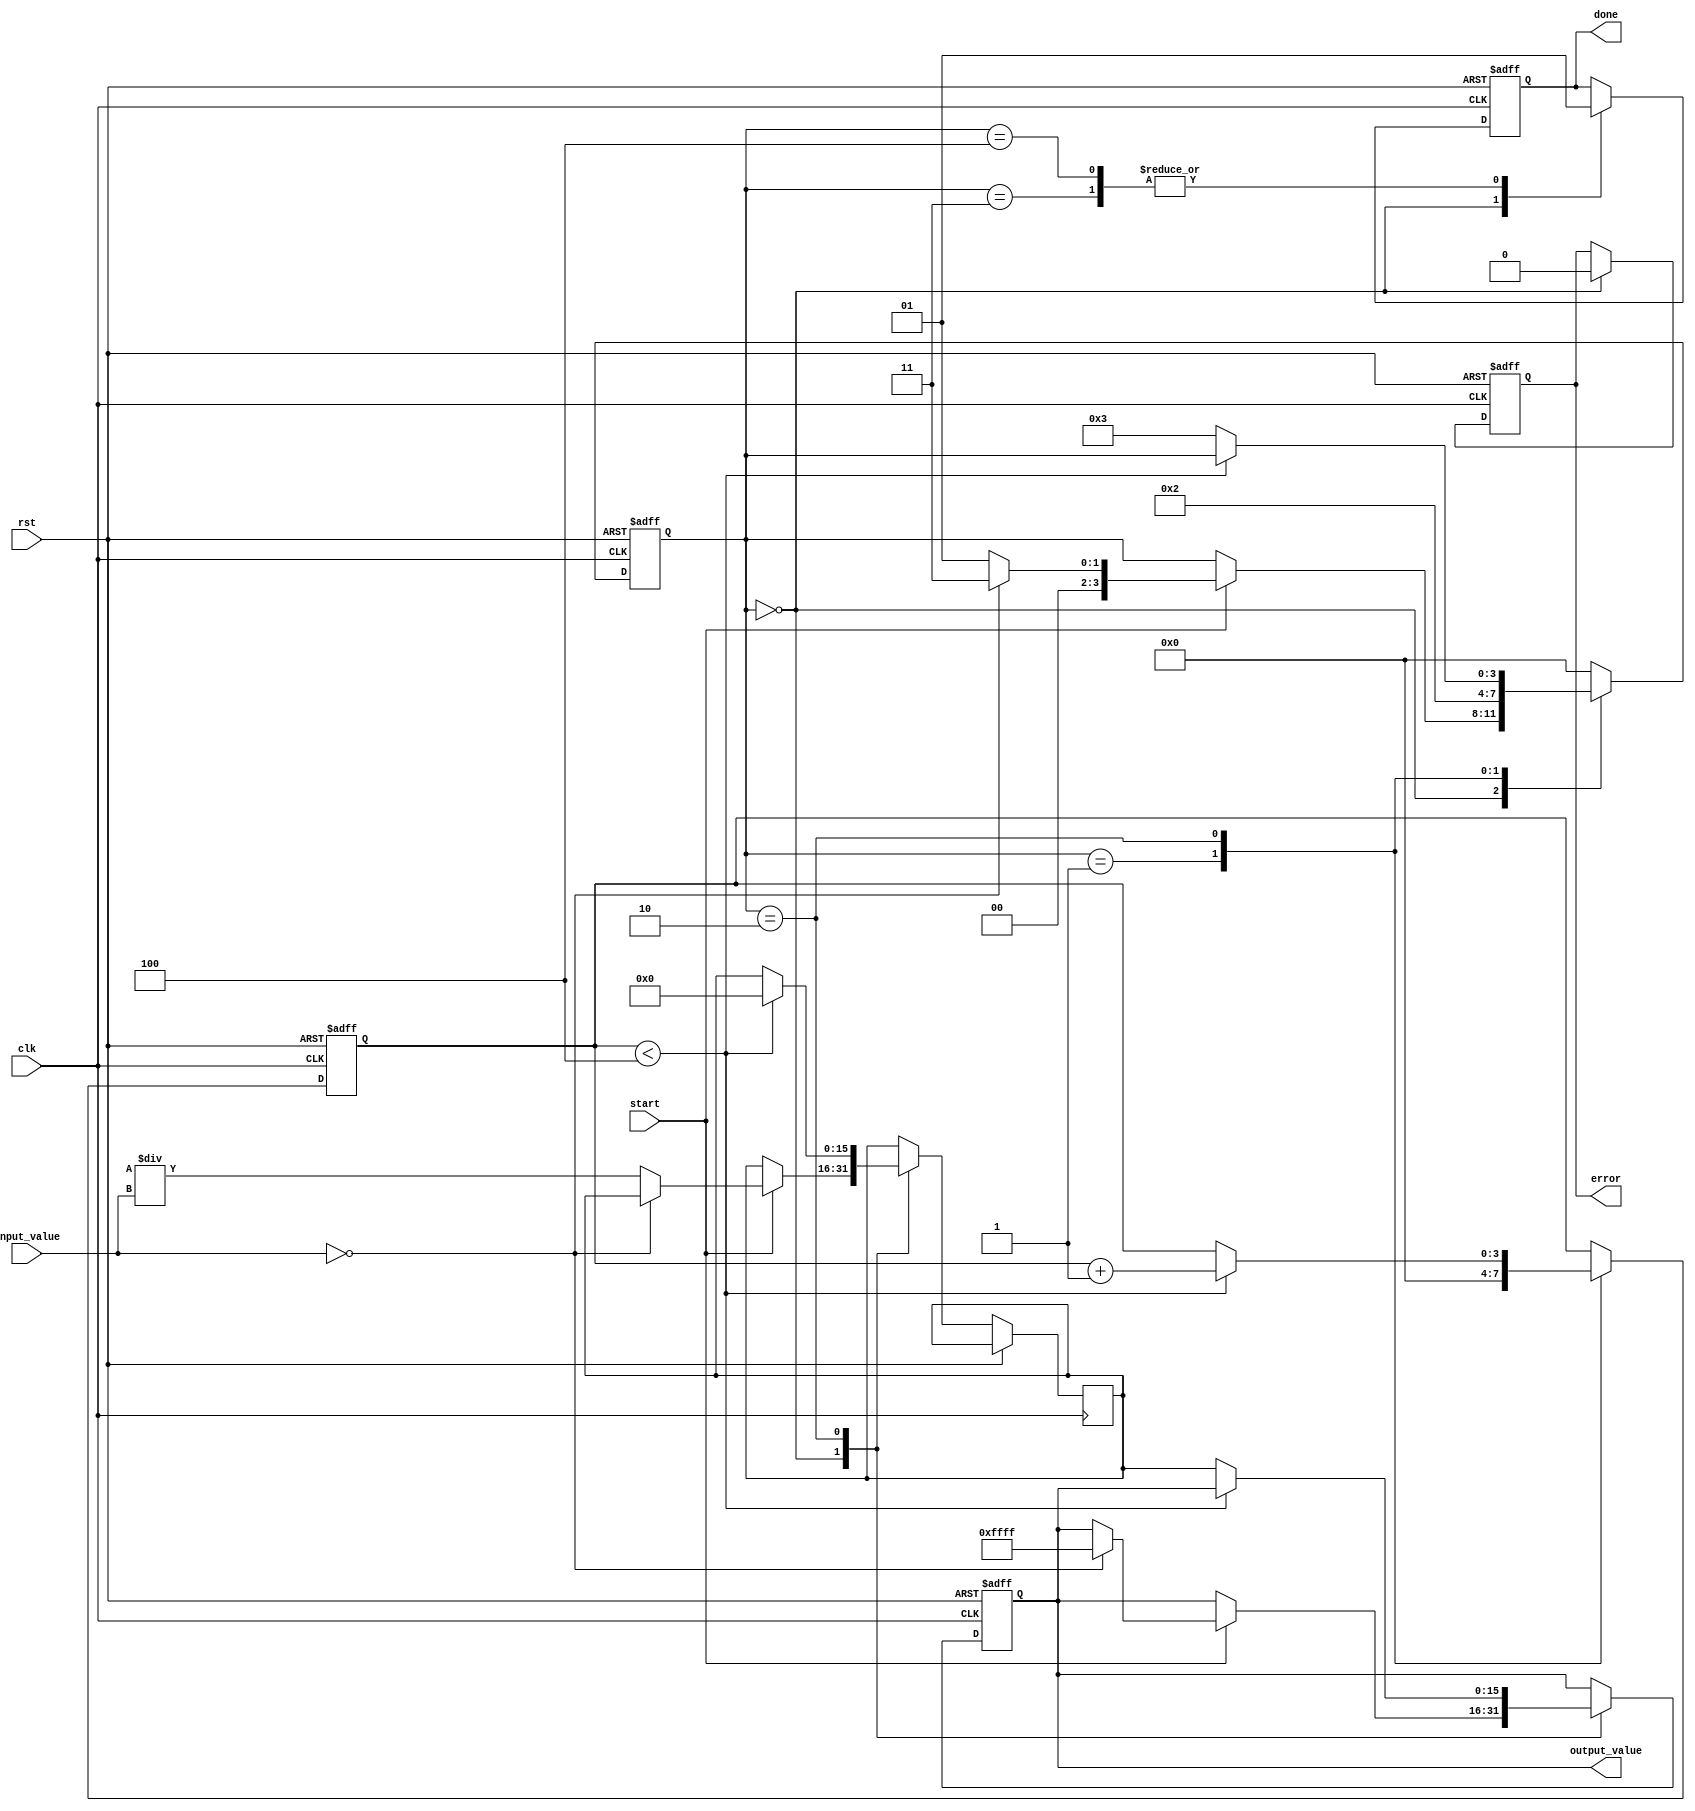
module ReciprocalUnit (
    input wire clk,
    input wire rst,
    input wire start,
    input wire [15:0] input_value, // 16-bit fixed-point input
    output reg [15:0] output_value, // 16-bit fixed-point output
    output reg done,
    output reg error
);

    reg [15:0] approx; // Approximation of the reciprocal
    reg [3:0] state;   // State for FSM
    reg [3:0] count;   // Iteration counter

    // State encoding
    localparam IDLE = 4'b0000,
               INIT = 4'b0001,
               CALC = 4'b0010,
               DONE = 4'b0011,
               ERROR = 4'b0100;

    // Constants
    localparam MAX_VALUE = 16'hFFFF; // Max representable value for output
    localparam ZERO_VALUE = 16'h0000; // Zero input case

    always @(posedge clk or posedge rst) begin
        if (rst) begin
            output_value <= 16'h0000;
            done <= 0;
            error <= 0;
            state <= IDLE;
            count <= 0;
        end else begin
            case (state)
                IDLE: begin
                    done <= 0;
                    error <= 0;
                    if (start) begin
                        if (input_value == ZERO_VALUE) begin
                            // Handle zero input case
                            output_value <= MAX_VALUE; // Define behavior for zero input
                            state <= DONE;
                        end else begin
                            // Initialize approximation (1 / input_value)
                            approx <= (16'h0001 << 16) / input_value; // Initial guess
                            state <= INIT;
                        end
                    end
                end

                INIT: begin
                    // Start the Newton-Raphson iterations
                    count <= 0;
                    state <= CALC;
                end

                CALC: begin
                    if (count < 4) begin // Perform a fixed number of iterations
                        approx <= approx * (16'h0002 - (input_value * approx)) >> 16; // Newton-Raphson iteration
                        count <= count + 1;
                    end else begin
                        output_value <= approx; // Final approximation
                        state <= DONE;
                    end
                end

                DONE: begin
                    done <= 1;
                    state <= IDLE; // Go back to IDLE after done
                end

                ERROR: begin
                    // Handle error state if needed
                    done <= 1;
                    state <= IDLE;
                end

                default: state <= IDLE; // Default case
            endcase
        end
    end
endmodule